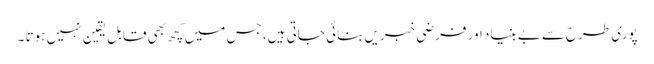
پوری طرح سےبے بنیاد اور فرضی خبریں بنائی جاتی ہیں، جس میں کچھ بھی قابل یقین نہیں ہوتا ۔